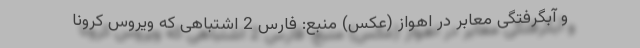
و آبگرفتگی معابر در اهواز (عکس) منبع: فارس 2 اشتباهی که ویروس کرونا